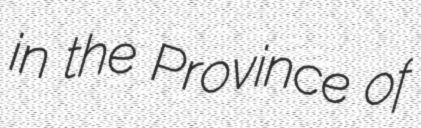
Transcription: in the Province of